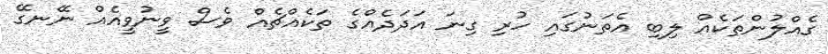
ގެއްލުންތަކެއް ލިބި އެތަނުގައި ހުރި ގިނަ އަދަދެއްގެ ތަކެއްޗެއް ވެސް ވީނުވީއެއް ނޭނގޭ